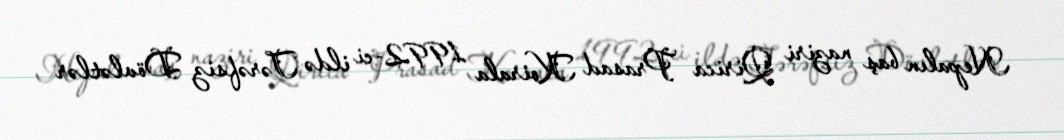
Nepalın baş naziri Qirica Prasad Koirala 1992-ci ildə Tərəfsiz Dövlətlər